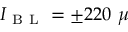
I _ { \mathrm { ~ B ~ L ~ } } = \pm 2 2 0 ~ \mu